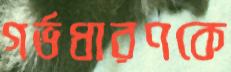
গর্ভধারণকে